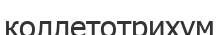
коллетотрихум